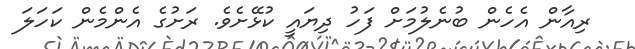
ރިއާން އެހެން ބުނެލުމަށް ފަހު ދިޔައީ ކުޅޭށެވެ. ރަށުގެ އެންމެން ކަހަލަ